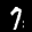
Label: 7